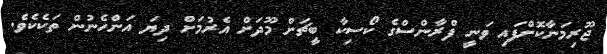
ޖޫރިމަނާކޮށްފައި ވަނީ ފްރާންސްގެ ކޯސިކާ ބީޗަށް މޫދަށް އެރުމަށް ދިޔަ އަންހެނުން ތަކެކެވެ.